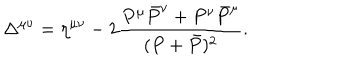
\Delta ^ { \mu \nu } = \eta ^ { \mu \nu } - 2 \frac { P ^ { \mu } \bar { P } ^ { \nu } + P ^ { \nu } \bar { P } ^ { \mu } } { ( P + \bar { P } ) ^ { 2 } } .